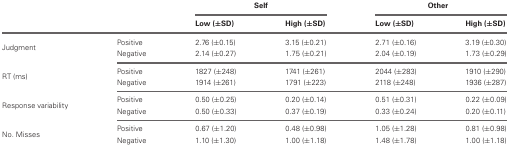
<table><thead><tr><td></td><td></td><td colspan="2"><b>Self</b></td><td colspan="2"><b>Other</b></td></tr><tr><td></td><td></td><td><b>Low (±SD)</b></td><td><b>High (±SD)</b></td><td><b>Low (±SD)</b></td><td><b>High (±SD)</b></td></tr></thead><tbody><tr><td rowspan="2">Judgment</td><td>Positive</td><td>2.76 (±0.15)</td><td>3.15 (±0.21)</td><td>2.71 (±0.16)</td><td>3.19 (±0.30)</td></tr><tr><td>Negative</td><td>2.14 (±0.27)</td><td>1.75 (±0.21)</td><td>2.04 (±0.19)</td><td>1.73 (±0.29)</td></tr><tr><td rowspan="2">RT (ms)</td><td>Positive</td><td>1827 (±248)</td><td>1741 (±261)</td><td>2044 (±283)</td><td>1910 (±290)</td></tr><tr><td>Negative</td><td>1914 (±261)</td><td>1791 (±223)</td><td>2118 (±248)</td><td>1936 (±287)</td></tr><tr><td rowspan="2">Response variability</td><td>Positive</td><td>0.50 (±0.25)</td><td>0.20 (±0.14)</td><td>0.51 (±0.31)</td><td>0.22 (±0.09)</td></tr><tr><td>Negative</td><td>0.50 (±0.33)</td><td>0.37 (±0.19)</td><td>0.33 (±0.24)</td><td>0.20 (±0.11)</td></tr><tr><td rowspan="2">No. Misses</td><td>Positive</td><td>0.67 (±1.20)</td><td>0.48 (±0.98)</td><td>1.05 (±1.28)</td><td>0.81 (±0.98)</td></tr><tr><td>Negative</td><td>1.10 (±1.30)</td><td>1.00 (±1.18)</td><td>1.48 (±1.78)</td><td>1.00 (±1.18)</td></tr></tbody></table>